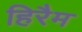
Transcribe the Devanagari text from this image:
हिरैम